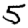
Digit: 5